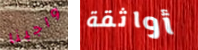
واجبنا أواثقة